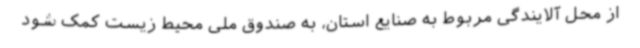
از محل آلایندگی مربوط به صنایع استان، به صندوق ملی محیط زیست کمک شود